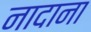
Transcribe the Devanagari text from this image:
नादाना